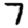
Digit: 7